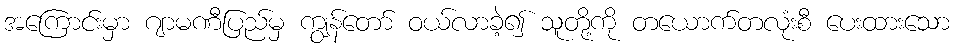
အကြောင်းမှာ ဂျာမဏီပြည်မှ ကျွန်တော် ဝယ်လာခဲ့၍ သူတို့ကို တယောက်တလုံးစီ ပေးထားသော